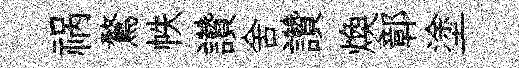
祸鶩帙讚舍讚煥鄣塗